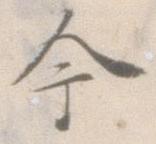
今